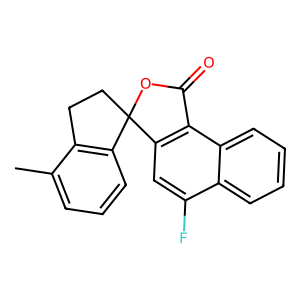
SMILES: Cc1cccc2c1CCC21OC(=O)c2c1cc(F)c1ccccc21
Inhibits HIV replication: No